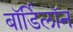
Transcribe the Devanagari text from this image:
बॉर्डिलॉन